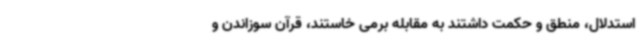
استدلال، منطق و حکمت داشتند به مقابله برمی خاستند، قرآن سوزاندن و